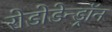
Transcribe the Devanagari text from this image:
रोडोडेन्‍ड्रॉन